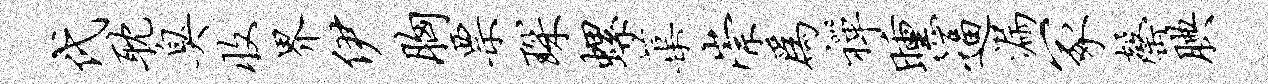
代耽臭收界伊胸票琛螺蕖崇为禅曛逼漏冢罄腆